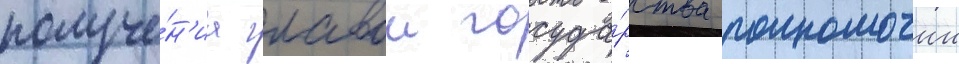
получе́н'иа главои госуда́рства полномочии